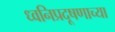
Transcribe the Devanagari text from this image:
ध्वनिप्रदूषणाच्या